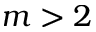
m > 2